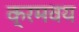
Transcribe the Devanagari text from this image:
क्रमवय